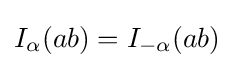
I_{\alpha }(ab)=I_{-\alpha }(ab)